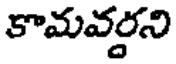
కామవర్డని